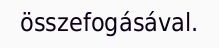
összefogásával.